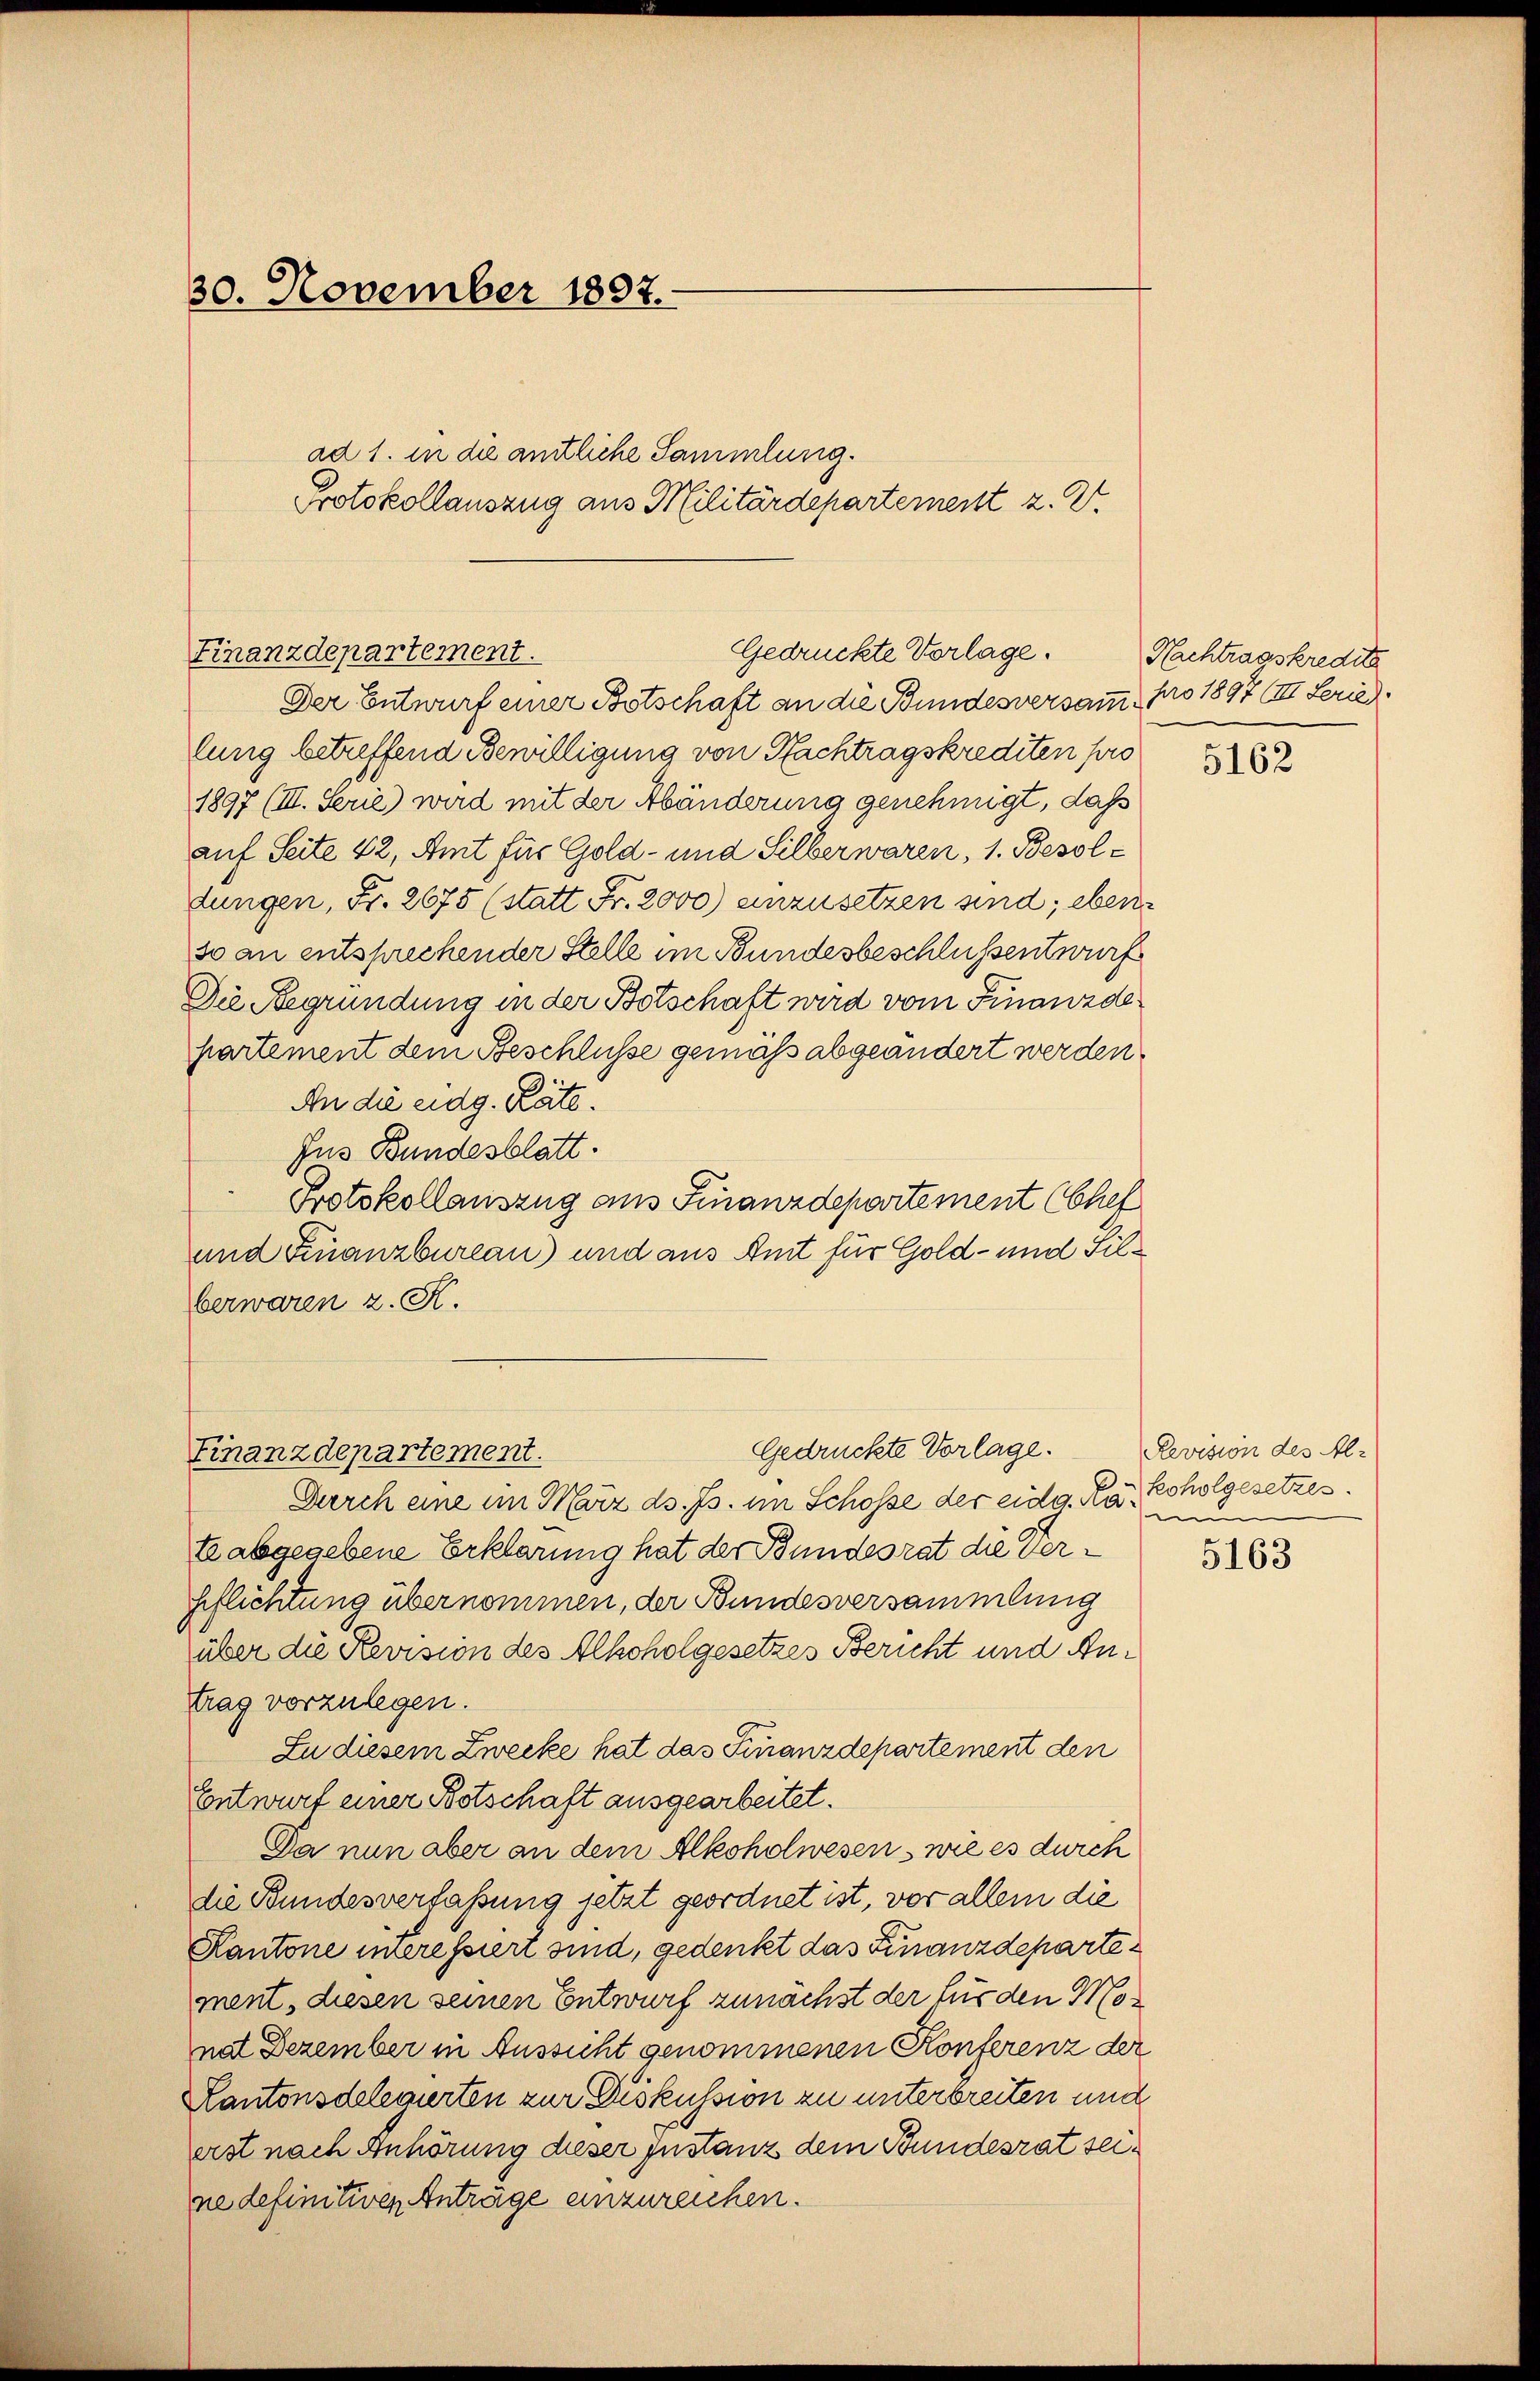
30. November 1897.

Gedrückte Vorlage.
Finanzdepartement.

ad 1. in die amtliche Sammlung.
Protokollauszug aus Militärdepartement z. Z.

Finanzdepartement.

Der Entwurf einer Botschaft an die Bundesversamm, pro 1897 (III. Serie
lung betreffend Bewilligung von Nachtragskrediten pro
1897 (III. Serie) wird mit der Abänderung genehmigt, daß
auf Seite 42, Amt für Gold- und Silber waren, 1. Besoldungen, Fr. 2678 (statt Fr. 2000) anzusetzen sind; eben
so an entsprechender Stelle im Bundesbeschlüssentwurf
Die Begründung in der Botschaft wird vom Finanzde
partement dem Beschlüsse gemaß abgeändert werden.
An die eidg. Räte!
Jus Bundesblatt.
Protokollauszug aus Finanzdepartement (Chef
und Finanzbureau) und aus Amt für Gold- und Silberwaren z. K.

Gedrückte Vorlage. Revision des Al¬
Durch eine im März d. Js. im Schosse der eidg. Kate abgegebene Erklärung hat der Bundesrat die Verpflichtung übernommen, der Bundesversammlung
über die Revision des Alkoholgesetzes Bericht und Antrag vorzulegen.
Zu diesem Zwecke hat das Finanzdepartement den
Entwurf einer Botschaft ausgearbeitet.
Da nun aber an dem Alkoholwesen, wie es durch
die Bundesverfaßung jetzt geordnet ist, vor allem die
Kantone imeressiert sind, gedenkt das Finanzdeparte
ment, diesen seinen Entwurf zunächst der für den Monat Dezember in Aussicht genommenen Konferenz der
Kantonsdelegierten zur Diskussion zu unterbreiten und
erst nach Anhörung dieser Instanz dem Bundesrat seine definitiven Anträge anzureichen.

Nachtragskredita

5162

koholgesetzes.
m

5163